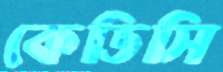
কেডিসি